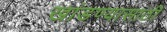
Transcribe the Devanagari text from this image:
खांडण्यासाठी